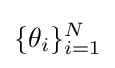
\{\theta _{i}\}_{i=1}^{N}